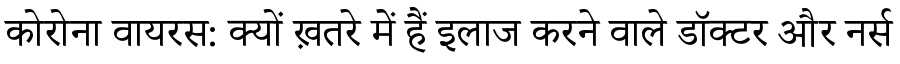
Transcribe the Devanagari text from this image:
कोरोना वायरस: क्यों ख़तरे में हैं इलाज करने वाले डॉक्टर और नर्स